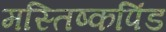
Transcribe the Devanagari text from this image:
मस्तिष्कपिंड